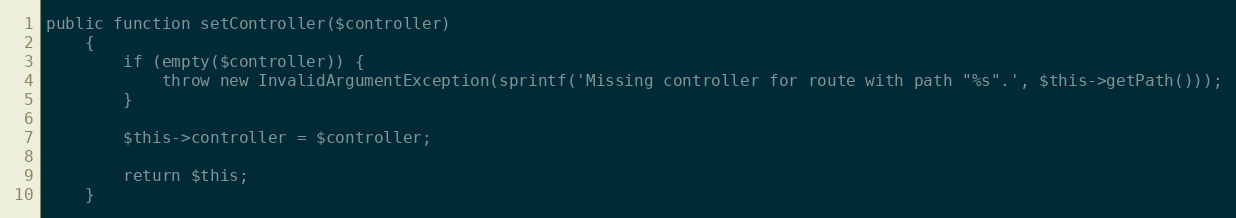
Language: PHP
public function setController($controller)
    {
        if (empty($controller)) {
            throw new InvalidArgumentException(sprintf('Missing controller for route with path "%s".', $this->getPath()));
        }

        $this->controller = $controller;

        return $this;
    }